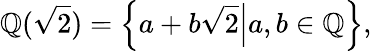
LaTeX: \mathbb{Q}({\sqrt{2}})=\left.\left\{ a+b{\sqrt{2}}\right|a,b\in\mathbb{Q}\right\} ,